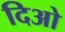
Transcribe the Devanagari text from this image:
दिओ